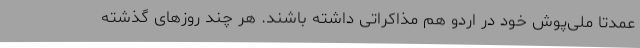
عمدتا ملی‌پوش خود در اردو هم مذاکراتی داشته باشند. هر چند روزهای گذشته